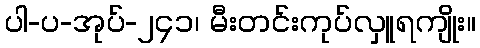
ပါ-ပ-အုပ်-၂၄၁၊ မီးတင်းကုပ်လှူရကျိုး။